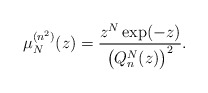
\begin{gather*} \mu _{N}^{(n^{2})}(z)=\frac{z^{N}\exp (-z) }{\big( Q_{n}^{N}(z)\big) ^{2}}.\end{gather*}